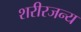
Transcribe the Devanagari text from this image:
शरीरजन्य